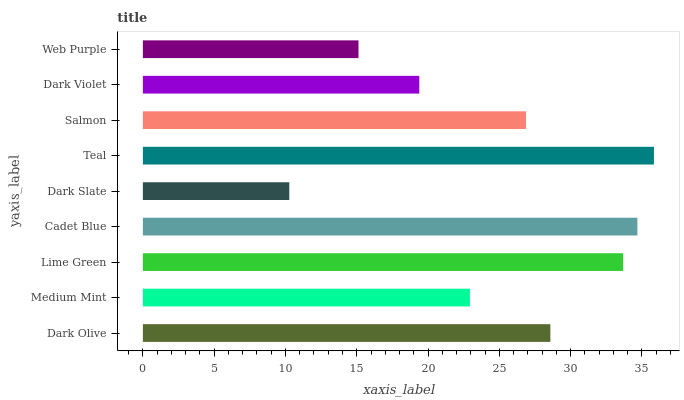
| yaxis_label | bars |
 | --- | --- |
 | Dark Olive | 28.6 |
 | Medium Mint | 22.9 |
 | Lime Green | 33.7 |
 | Cadet Blue | 34.7 |
 | Dark Slate | 10.3 |
 | Teal | 35.8 |
 | Salmon | 26.9 |
 | Dark Violet | 19.4 |
 | Web Purple | 15.1 |